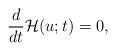
LaTeX: \begin{align*}\frac{d}{dt}\mathcal{H}(u;t)=0,\end{align*}